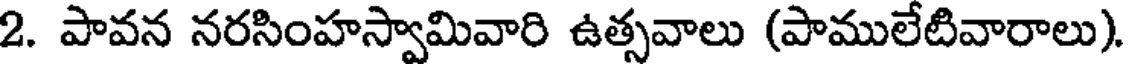
2. పావన నరసింహస్వామివారి ఉత్సవాలు (పాములేటివారాలు)